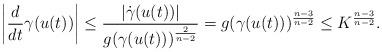
LaTeX: \begin{align*}\left|\frac{d}{dt}\gamma(u(t))\right|\leq \frac{\left|\dot\gamma(u(t))\right|}{g(\gamma(u(t)))^{\frac{2}{n-2}}}=g(\gamma(u(t)))^{\frac{n-3}{n-2}}\leq K^{\frac{n-3}{n-2}}.\end{align*}